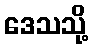
ဒေသသို့